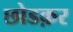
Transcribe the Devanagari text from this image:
छोडक़र